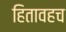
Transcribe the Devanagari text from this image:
हितावहच